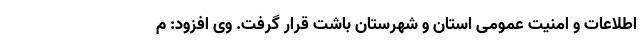
اطلاعات و امنیت عمومی استان و شهرستان باشت قرار گرفت. وی افزود: م